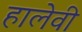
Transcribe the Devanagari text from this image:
हालेवी